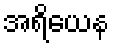
အရိယေန